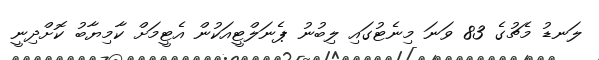
ލަނޑު މެޗުގެ 83 ވަނަ މިނެޓުގައި ލިބުނު ޕެނަލްޓީއަކުން އެޓީމަށް ކާމިޔާބު ކޮށްދިނީ